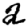
Digit: 2